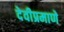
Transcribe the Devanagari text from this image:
देवीप्रमाणे